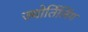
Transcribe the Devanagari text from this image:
ज्योर्तिलिंग